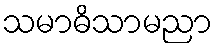
သမာဓိသာမညာ